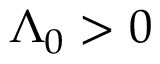
\Lambda _ { 0 } > 0